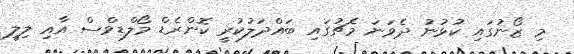
މި ޒޯނުގައި ކުޅުނު ދެވަނަ މެޗުގައި ބައްދަލުކުރީ ކޮންރެޑް މޯލްޑިވްސް އާއި ލިލީ